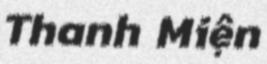
Thanh Miện